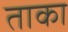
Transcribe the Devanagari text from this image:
ताका